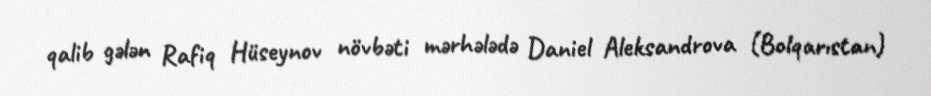
qalib gələn Rafiq Hüseynov növbəti mərhələdə Daniel Aleksandrova (Bolqarıstan)